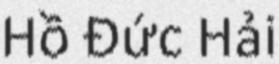
Hồ Đức Hải